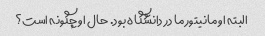
البته او مانیتور ما در دانشگاه بود. حال او چگونه است؟